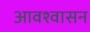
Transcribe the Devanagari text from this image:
आवश्‍वासन